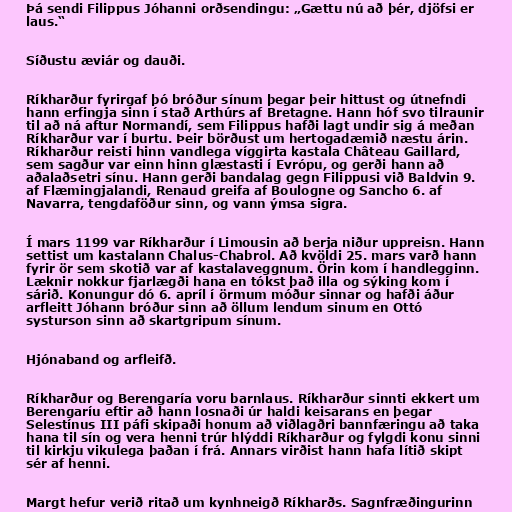
Þá sendi Filippus Jóhanni orðsendingu: „Gættu nú að þér, djöfsi er
laus.“

Síðustu æviár og dauði.

Ríkharður fyrirgaf þó bróður sínum þegar þeir hittust og útnefndi
hann erfingja sinn í stað Arthúrs af Bretagne. Hann hóf svo tilraunir
til að ná aftur Normandí, sem Filippus hafði lagt undir sig á meðan
Ríkharður var í burtu. Þeir börðust um hertogadæmið næstu árin.
Ríkharður reisti hinn vandlega víggirta kastala Château Gaillard,
sem sagður var einn hinn glæstasti í Evrópu, og gerði hann að
aðalaðsetri sínu. Hann gerði bandalag gegn Filippusi við Baldvin 9.
af Flæmingjalandi, Renaud greifa af Boulogne og Sancho 6. af
Navarra, tengdaföður sinn, og vann ýmsa sigra.

Í mars 1199 var Ríkharður í Limousin að berja niður uppreisn. Hann
settist um kastalann Chalus-Chabrol. Að kvöldi 25. mars varð hann
fyrir ör sem skotið var af kastalaveggnum. Örin kom í handlegginn.
Læknir nokkur fjarlægði hana en tókst það illa og sýking kom í
sárið. Konungur dó 6. apríl í örmum móður sinnar og hafði áður
arfleitt Jóhann bróður sinn að öllum lendum sinum en Ottó
systurson sinn að skartgripum sínum.

Hjónaband og arfleifð.

Ríkharður og Berengaría voru barnlaus. Ríkharður sinnti ekkert um
Berengaríu eftir að hann losnaði úr haldi keisarans en þegar
Selestínus III páfi skipaði honum að viðlagðri bannfæringu að taka
hana til sín og vera henni trúr hlýddi Ríkharður og fylgdi konu sinni
til kirkju vikulega þaðan í frá. Annars virðist hann hafa lítið skipt
sér af henni.

Margt hefur verið ritað um kynhneigð Ríkharðs. Sagnfræðingurinn